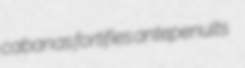
cabanas fortifies antepenults